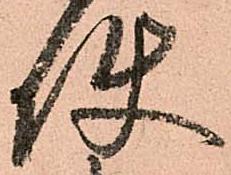
使